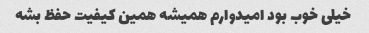
خیلی خوب بود امیدوارم همیشه همین کیفیت حفظ بشه